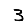
Digit: 3